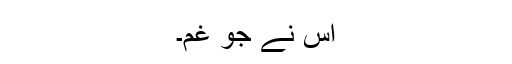
اس نے جو غم۔